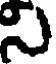
సి